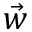
\vec { w }